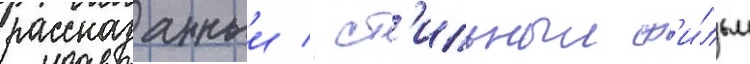
рассказанныи / ст'ильныи ф'и́льм